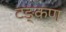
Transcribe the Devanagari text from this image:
टङ्कण